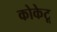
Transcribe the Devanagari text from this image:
कोकेटू